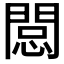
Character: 𨴽